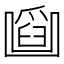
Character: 𠚜